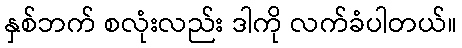
နှစ်ဘက် စလုံးလည်း ဒါကို လက်ခံပါတယ်။